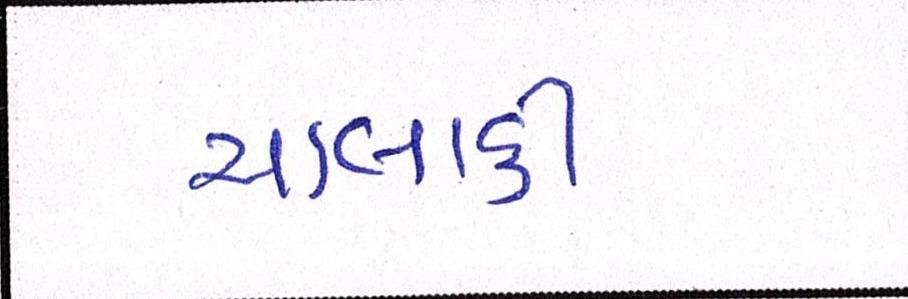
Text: ચાલાકી